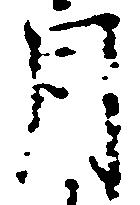
月